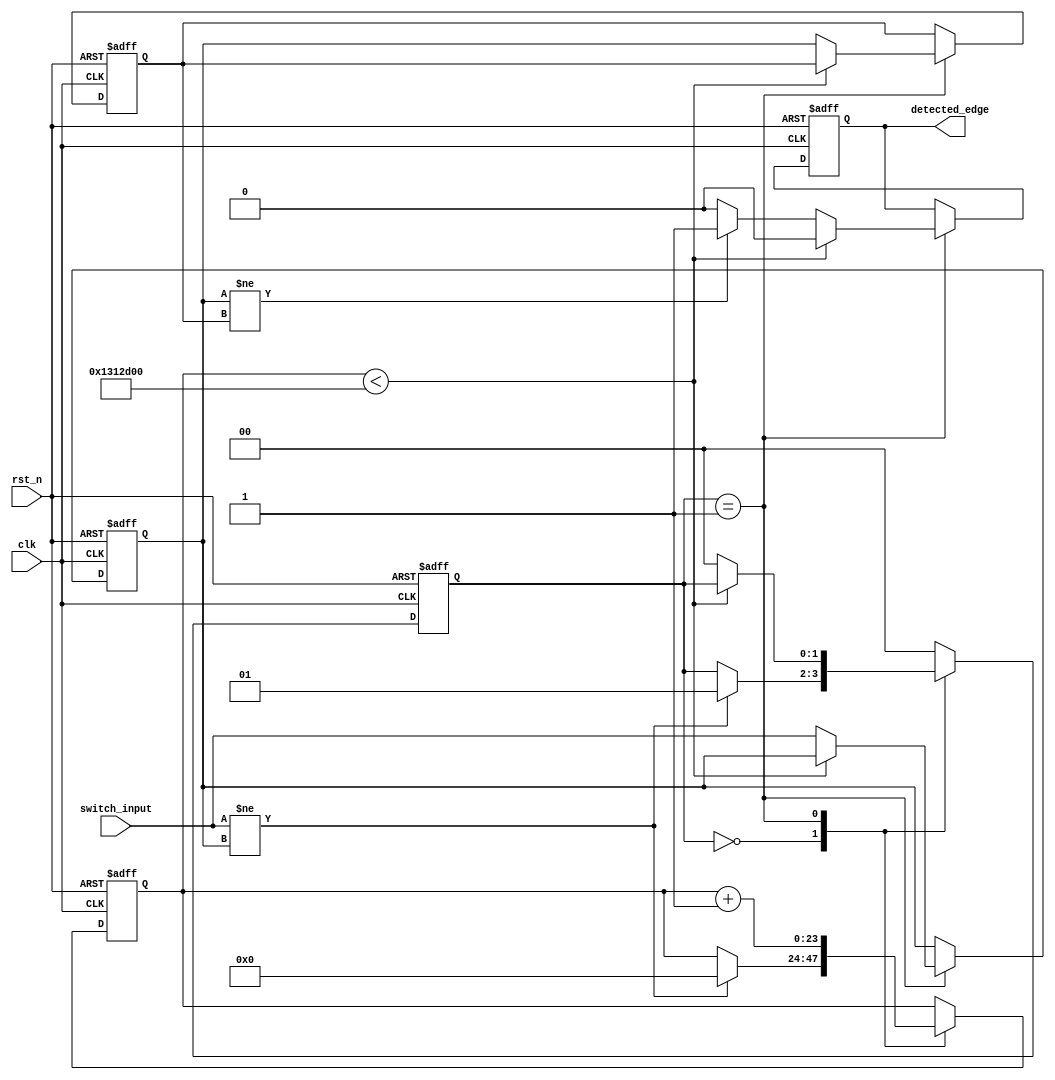
module debounced_edge_detector (
    input wire clk,            // Clock signal
    input wire rst_n,          // Active low reset
    input wire switch_input,    // Raw switch input
    output reg detected_edge    // Output signal indicating a valid edge
);

    // Debounce parameters
    parameter DEBOUNCE_TIME = 20_000_000; // Adjust according to your clock frequency
    reg [23:0] debounce_counter; // Counter for debounce timing
    reg [1:0] state;             // State for debounce FSM
    reg stable_switch_input;      // Stable version of switch input
    reg last_stable_switch_input; // Last stable input for edge detection

    // State encoding
    localparam S_STABLE = 2'b00,
               S_DEBOUNCE = 2'b01;

    // Edge detection logic
    always @(posedge clk or negedge rst_n) begin
        if (!rst_n) begin
            detected_edge <= 1'b0;
            stable_switch_input <= 1'b0;
            last_stable_switch_input <= 1'b0;
            debounce_counter <= 0;
            state <= S_STABLE;
        end else begin
            case (state)
                S_STABLE: begin
                    // Sample the switch input
                    if (switch_input != stable_switch_input) begin
                        // Start debounce timer
                        debounce_counter <= 0;
                        state <= S_DEBOUNCE;
                    end
                end

                S_DEBOUNCE: begin
                    // Increment debounce counter
                    debounce_counter <= debounce_counter + 1;
                    if (debounce_counter < DEBOUNCE_TIME) begin
                        // Still counting
                        detected_edge <= 1'b0; // No edge yet
                    end else begin
                        // Debounce period is over
                        stable_switch_input <= switch_input; // Update stable state
                        if (stable_switch_input != last_stable_switch_input) begin
                            detected_edge <= 1'b1; // Edge detected
                        end else begin
                            detected_edge <= 1'b0; // No edge detected
                        end
                        last_stable_switch_input <= stable_switch_input; // Update last stable state
                        state <= S_STABLE; // Go back to stable state
                    end
                end

                default: state <= S_STABLE; // Default to stable state
            endcase
        end
    end
endmodule